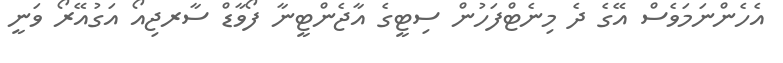
އެހެންނަމަވެސް އޭގެ ދެ މިނެޓްފަހުން ސިޓީގެ އާޖެންޓީނާ ފޯވާޑް ސާރޖިއޯ އަގުއޭރޯ ވަނީ